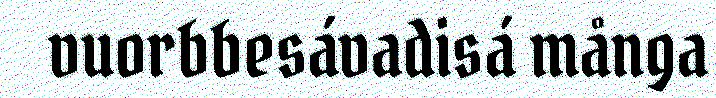
vuorbbesávadisá många